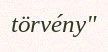
törvény"